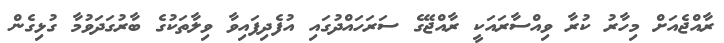
ރާއްޖެއަށް މިހާރު ކުރާ ވިއްސާރައަކީ ރާއްޖޭގެ ސަރަހައްދުގައި އުފެދިފައިވާ ވިލާތަކުގެ ބާރުގަދަވުމާ ގުޅިގެން